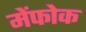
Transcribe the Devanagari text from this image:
मेंफोक